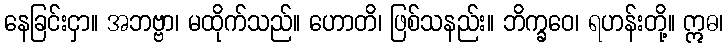
နေခြင်းငှာ။ အဘဗ္ဗာ၊ မထိုက်သည်။ ဟောတိ၊ ဖြစ်သနည်း။ ဘိက္ခဝေ၊ ရဟန်းတို့။ ဣဓ၊